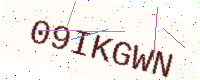
Text: 09IKGWN